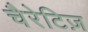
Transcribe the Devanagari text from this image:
चैरेटिज़